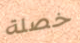
خصلة